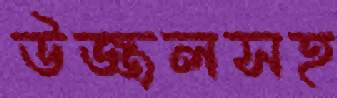
উজ্জলসহ